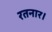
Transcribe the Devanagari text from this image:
रतनार।